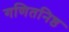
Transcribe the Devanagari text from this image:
गणितनिष्ठ